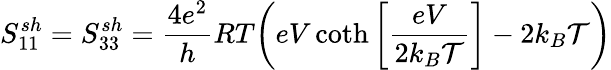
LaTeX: S_{11}^{sh}=S_{33}^{sh}=\frac{4e^{2}}{h}RT\bigg(eV\coth\left[\frac{eV}{2k_{B}\mathcal{T}}\right]-2k_{B}\mathcal{T}\bigg)